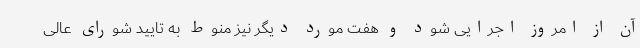
آن از امروز اجرایی شود و هفت مورد دیگر نیز منوط به تایید شورای عالی